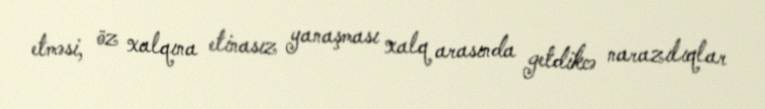
etməsi, öz xalqına etinasız yanaşması xalq arasında getdikcə narazılıqlar